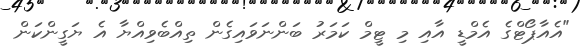
"އެއާޕޯޓްގެ އެމްޑީ އާއި މި ޓީމް ކަމަރު ބަންނަވައިގެން ތިއްބެވިއްޔާ އެ ޔަގީންކަން